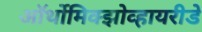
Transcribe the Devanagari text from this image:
ऑर्थोमिक्झोव्हायरीडे